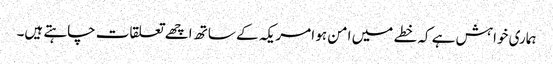
ہماری خواہش ہے کہ خطے میں امن ہو امریکہ کے ساتھ اچھے تعلقات چاہتے ہیں۔